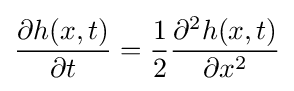
{\frac {\partial h(x,t)}{\partial t}}={\frac {1}{2}}{\frac {\partial ^{2}h(x,t)}{\partial x^{2}}}